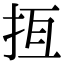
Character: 𢫮